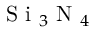
\mathrm { ~ S ~ i ~ } _ { 3 } \mathrm { ~ N ~ } _ { 4 }